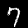
Label: 7